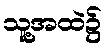
သူ့အထဲ၌